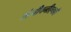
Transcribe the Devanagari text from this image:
संजीवनीएवढी